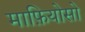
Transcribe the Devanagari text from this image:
माफ़ियोसो